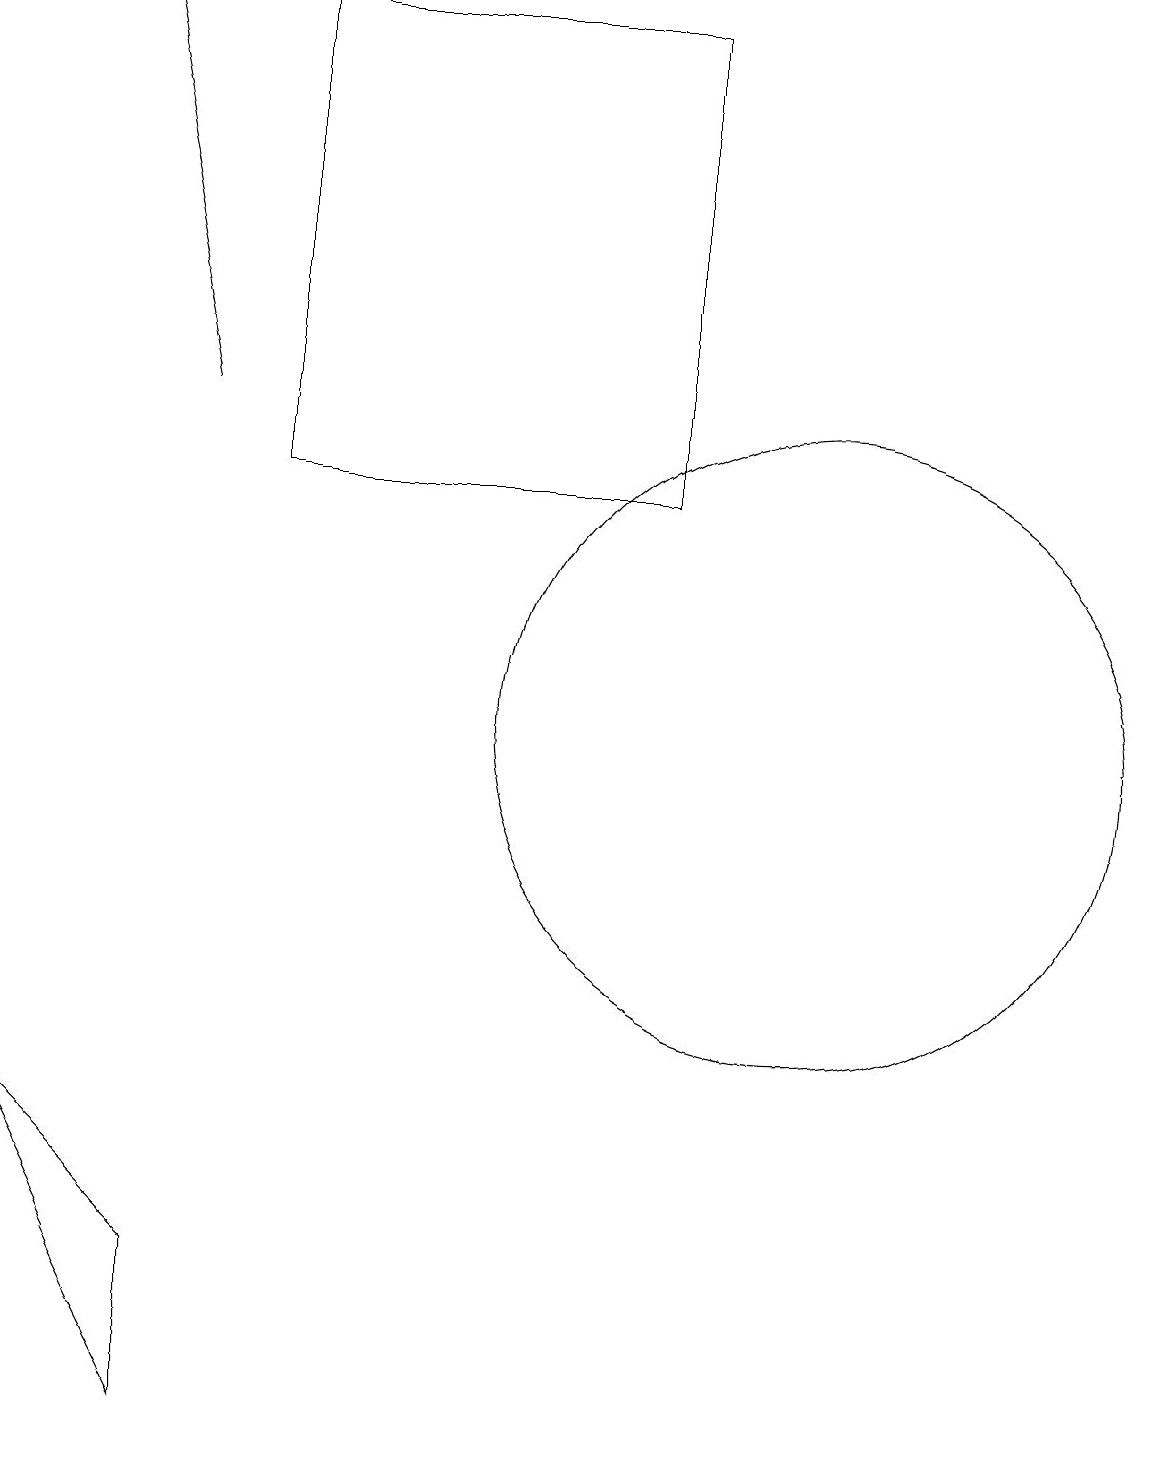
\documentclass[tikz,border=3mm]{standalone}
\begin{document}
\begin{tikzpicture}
\draw (8,19) rectangle (3,13);
\draw[->] (2,14) -- (1,19);
\draw (12,10) circle (0);
\draw (10,10) circle (4);
\draw (2,1) -- (2,3) -- (0,5) -- cycle;
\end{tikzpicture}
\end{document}